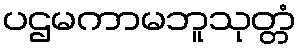
ပဌမကာမဘူသုတ္တံ